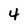
Character: 4